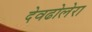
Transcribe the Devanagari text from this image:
देवढोलेरा